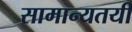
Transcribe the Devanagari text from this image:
सामान्यतयी